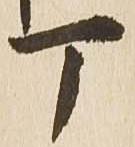
丁